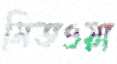
মিতওয়া